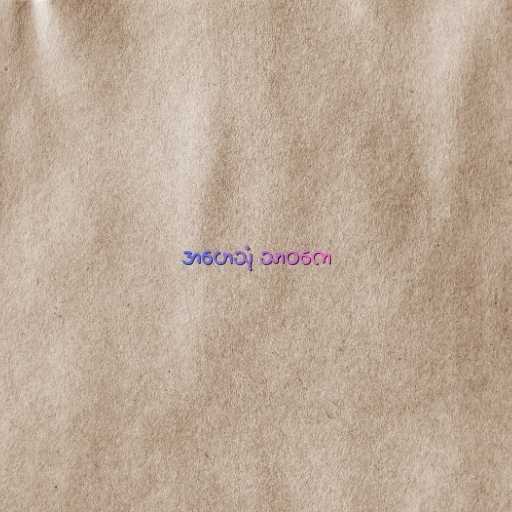
အဟေသုံ သာဝကေ